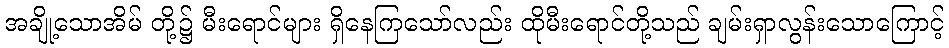
အချို့သောအိမ် တို့၌ မီးရောင်များ ရှိနေကြသော်လည်း ထိုမီးရောင်တို့သည် ချမ်းရှာလွန်းသောကြောင့်